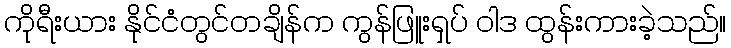
ကိုရီးယား နိုင်ငံတွင်တချိန်က ကွန်ဖြူးရှပ် ဝါဒ ထွန်းကားခဲ့သည်။